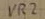
Text: VR2